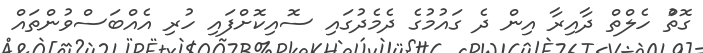
ގޮތުް ހެލްތް ދާއިރާ އިން ދެ ގައުމުގެ ދެމެދުގައި ސޮއިކޮށްފައި ހުރި އެއްބަސްވުންތައް